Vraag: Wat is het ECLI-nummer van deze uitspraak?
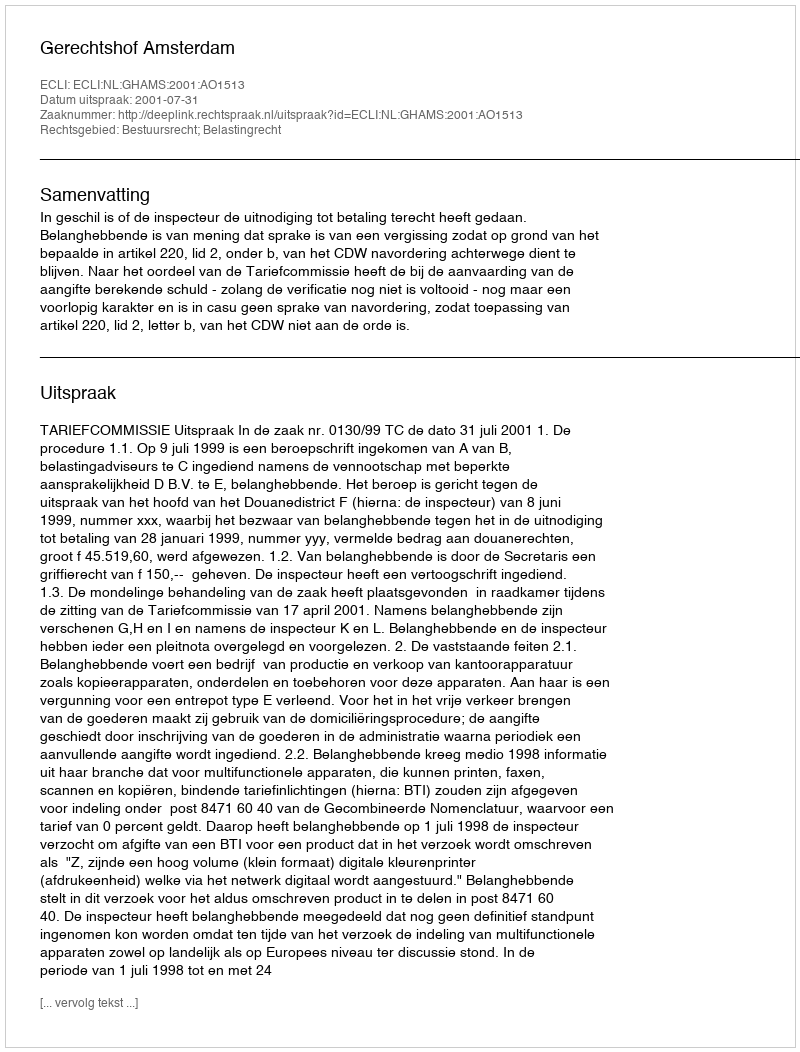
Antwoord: ECLI:NL:GHAMS:2001:AO1513